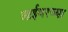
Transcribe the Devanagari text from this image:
आईवरच्या